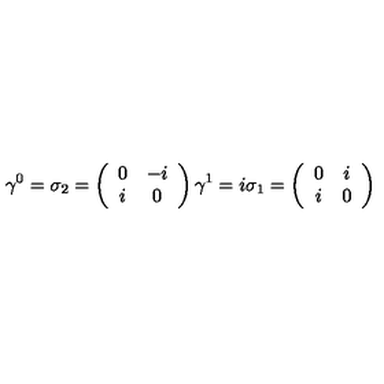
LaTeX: \gamma ^ { 0 } = \sigma _ { 2 } = \left( \begin{array} { c c } { 0 } & { - i } \\ { i } & { 0 } \\ \end{array} \right) \gamma ^ { 1 } = i \sigma _ { 1 } = \left( \begin{array} { c c } { 0 } & { i } \\ { i } & { 0 } \\ \end{array} \right)